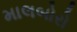
માલબોરો